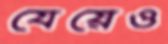
যেয়েও